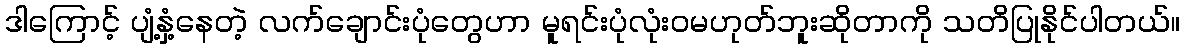
ဒါကြောင့် ပျံ့နှံ့နေတဲ့ လက်ချောင်းပုံတွေဟာ မူရင်းပုံလုံးဝမဟုတ်ဘူးဆိုတာကို သတိပြုနိုင်ပါတယ်။